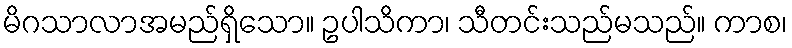
မိဂသာလာအမည်ရှိသော။ ဥပါသိကာ၊ သီတင်းသည်မသည်။ ကာစ၊